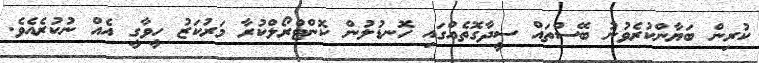
ކުރިން ބަޔާންކުރެވުނު ބޭސްތައް ސީދާގޮތެއްގައި ހޮނޑުލުން ކޮންޓްރޯލްކުރާ މަރުކަޒު ހީވާގީ އެއް ނުކުރެއެވެ.